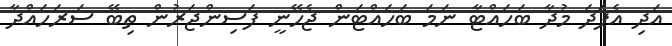
އަދި އެފަދަ މުދާ ބަހައްޓާ ނަމަ ބަހައްޓަން ޖެހޭނީ ފަސިންޖަރުން ތިބޭ ސަރަހައްދާ